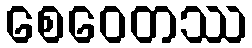
စေဝေတဿ